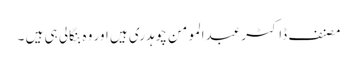
مصنف ڈاکٹر عبدالمومن چوہدری ہیں اور وہ بنگالی ہی ہیں ۔